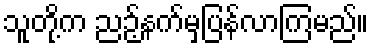
သူတို့က ညဉ့်နက်မှပြန်လာကြမည်။